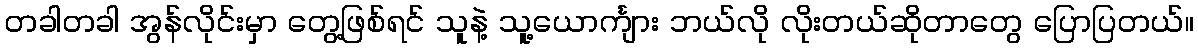
တခါတခါ အွန်လိုင်းမှာ တွေ့ဖြစ်ရင် သူနဲ့ သူ့ယောင်္ကျား ဘယ်လို လိုးတယ်ဆိုတာတွေ ပြောပြတယ်။